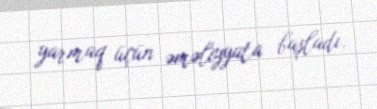
yarmaq üçün əməliyyata başladı.